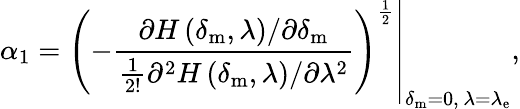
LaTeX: \alpha_{1}=\left.\left(-\frac{\partial H\left(\delta_{\mathrm{m}},\lambda\right)/\partial\delta_{\mathrm{m}}}{\frac{1}{2!}\partial^{2}H\left(\delta_{\mathrm{m}},\lambda\right)/\partial\lambda^{2}}\right)^{\frac{1}{2}}\right|_{\delta_{\mathrm{m}}=0,\, \lambda=\lambda_{\mathrm{e}}},